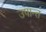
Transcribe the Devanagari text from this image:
उपान्त